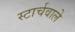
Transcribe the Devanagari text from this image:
स्टार्चवाले